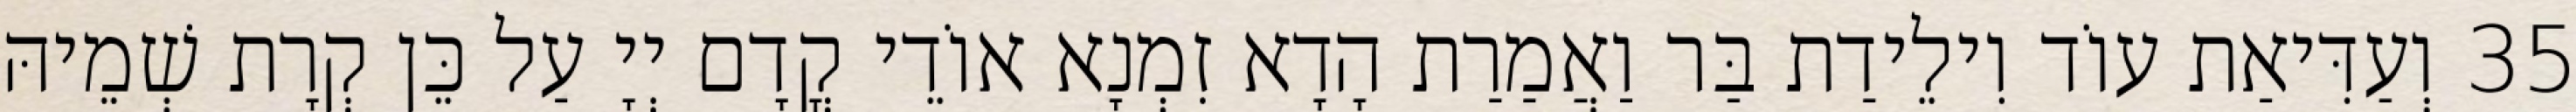
35 וְעַדִּיאַת עוֹד וִילֵידַת בַּר וַאֲמַרַת הָדָא זִמְנָא אוֹדֵי קֳדָם יְיָ עַל כֵּן קְרָת שְׁמֵיהּ